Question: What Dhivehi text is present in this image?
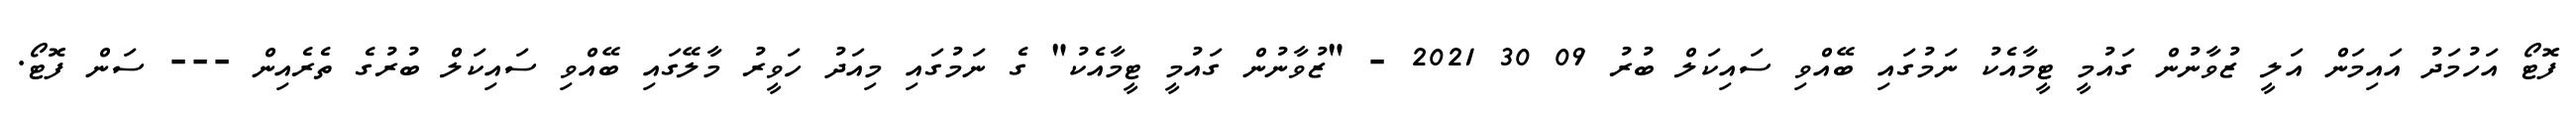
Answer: ފޮޓޯ އަހުމަދު އައިމަން އަލީ ޒުވާނުން ގައުމީ ޓީމާއެކު ނަމުގައި ބޭއްވި ސައިކަލް ބުރު 09 30 2021 - "ޒުވާނުން ގައުމީ ޓީމާއެކު" ގެ ނަމުގައި މިއަދު ހަވީރު މާލޭގައި ބޭއްވި ސައިކަލް ބުރުގެ ތެރެއިން --- ސަން ފޮޓޯ.